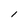
Character: l